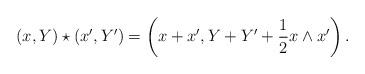
LaTeX: \begin{align*}(x,Y) \star (x',Y') = \left(x+x',Y + Y' + \frac{1}{2} x \wedge x'\right).\end{align*}